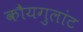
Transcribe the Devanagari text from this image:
कौयगुलांट